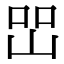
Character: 𡷇